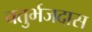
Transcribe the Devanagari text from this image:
चतुर्भजदास